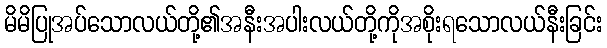
မိမိပြုအပ်သောလယ်တို့၏အနီးအပါးလယ်တို့ကိုအစိုးရသောလယ်နီးခြင်း